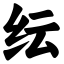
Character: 纭